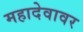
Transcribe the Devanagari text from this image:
महादेवावर